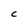
Character: c